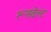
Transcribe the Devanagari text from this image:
रूसवेल्ट